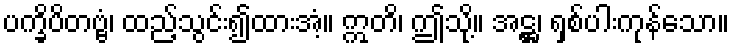
ပက္ခိပိတဗ္ဗံ၊ ထည့်သွင်း၍ထားအံ့။ ဣတိ၊ ဤသို့။ အဋ္ဌ၊ ရှစ်ပါးကုန်သော။